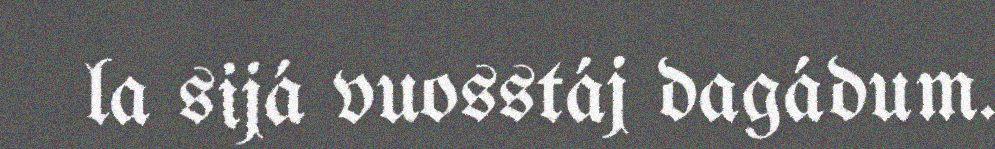
la sijá vuosstáj dagádum.